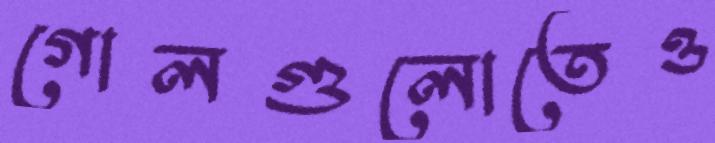
গোলগুলোতেও